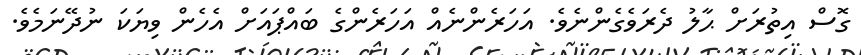
ގޮސް އިތުރަށް ޙާލު ދެރަވެގެންނެވެ. އަހަރެންނެއް އަހަރެންގެ ބައްޕައަށް އެހެން ވިޔަކަ ނުދޭނަމެވެ.